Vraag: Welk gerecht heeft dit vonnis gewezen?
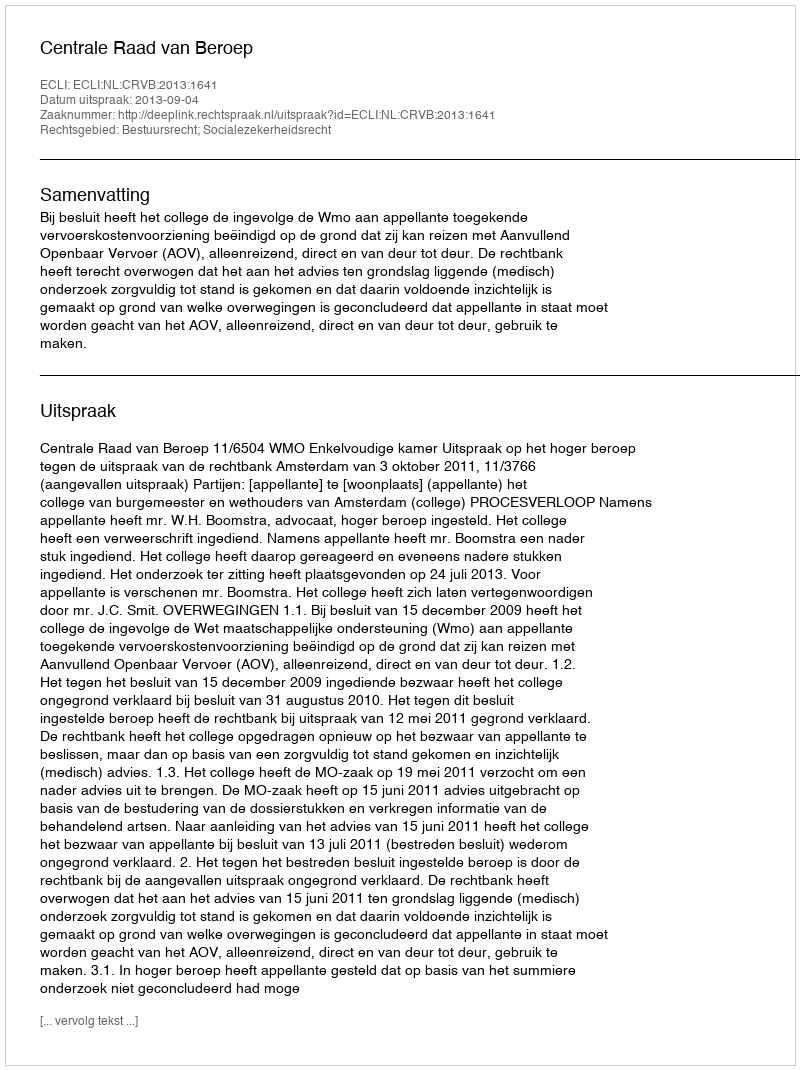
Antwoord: Centrale Raad van Beroep